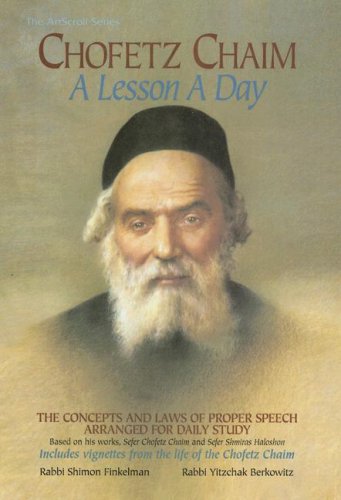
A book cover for Chofetz Chaim: A Lesson a Day: The Concepts and Laws of Proper Speech Arranged for Daily Study (ArtScroll (Mesorah)); Shimon Finkelman; Religion & Spirituality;